Report on vaccination in Madras 1895-1903 - 1895-1903
Year: 1895
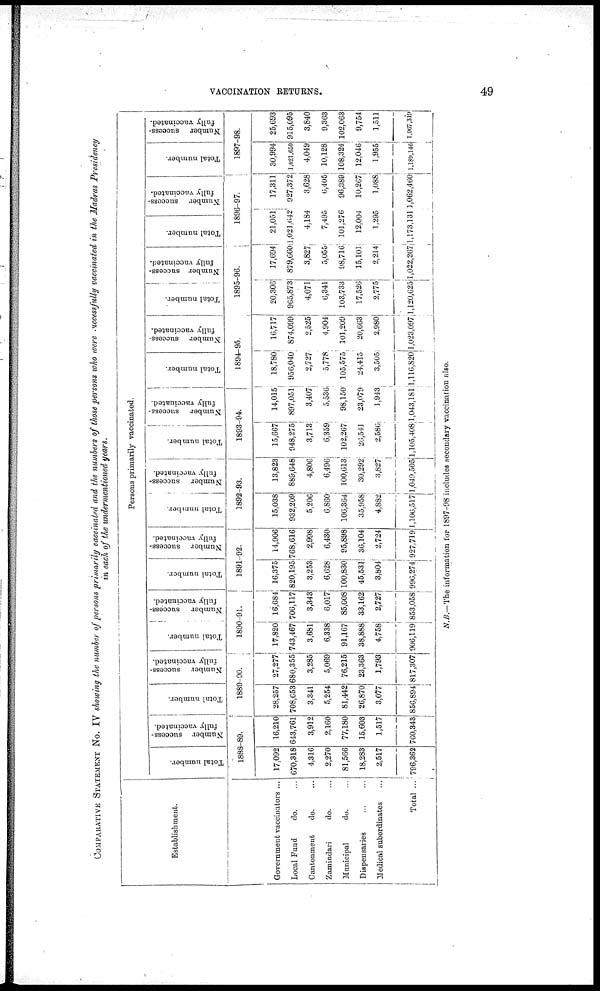
VACCINATION RETURNS.
49
COMPARATIVE STATEMENT No. IV showing the number of persons primarily vaccinated and the numbers of those persons who were successfully vaccinated in the Madras Presidency
in each of the undermentioned years.
Establishment.
Government vaccinators ...
Local Fund
do. ...
Cantonment
do. ...
Zamindari
do. ...
Municipal
do. ...
Dispensaries
...
...
Medical subordinates ...
Total ...
Persons primarily vaccinated.
Total number.
Number success-
fully vaccinated.
1888-89.
17,092
670,318
4,316
2,270
81,566
18,283
2,517
796,362
16,210
643,761
3,912
2,160
77,180
15,603
1,517
760,343
Total number.
Number success-
fully vaccinated.
1889-90.
28,257
708,653
3,341
5,254
81,442
26,870
3,077
856,894
27,277
680,355
3,285
5,069
76,215
23,363
1,793
817,307
Total number.
Number success-
fully vaccinated.
1890-91.
17,820
743,467
3,681
6,338
91,167
38,888
4,758
906,119
16,684
706,117
3,343
6,017
85,008
33,162
2,727
853,058
Total number.
Number success-
fully vaccinated.
1891-92.
16,375
820,195
3,253
6,628
100,830
45,531
3,804
996,274
14,906
768,616
2,998
6,430
95,898
36,104
2,724
927,719
Total number.
Number success-
fully vaccinated.
1892-93.
15,038
932,209
5,206
6,860
106,364
35,958
4,882
1,106,517
13,823
889,648
4,806
6,496
100,613
30,292
3,827
1,049,505
Total number.
Number success-
fully vaccinated.
1893-94.
15,667
948,275
3,713
6,359
102,267
26,541
2,586
1,105,408
14,015
897,051
3,407
5,536
98,150
23,079
1,943
1,043,181
Total number.
Number success-
fully vaccinated.
1894-95.
18,780
956,040
2,727
5,778
105,575
24,415
3,505
1,116,820
16,717
874,099
2,525
4,904
101,209
20,663
2,980
1,023,097
Total number.
Number success-
fully vaccinated.
1895-96.
20,306
965,873
4,071
6,341
103,733
17,526
2,775
1,120,625
17,694
879,660
3,827
5,055
98,716
15,101
2,214
1,022,267
Total number.
Number success-
fully vaccinated.
1896-97.
21,051
1,021,642
4,184
7,495
101,276
12,004
1,295
1,173,131
17,311
927,372
3,628
6,405
96,389
10,267
1,088
1,062,460
Total number.
Number success-
fully vaccinated.
1897-98.
30,994
1,021,650
4,049
10,128
108,324
12,046
1,955
1,189,146
25,693
915,095
3,840
9,363
102,063
9,754
1,511
1,067,319
N.B.—The information for 1897-98 includes secondary vaccination also.